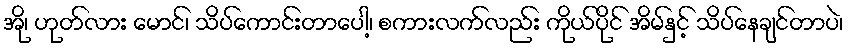
အို၊ ဟုတ်လား မောင်၊ သိပ်ကောင်းတာပေါ့၊ စကားလက်လည်း ကိုယ်ပိုင် အိမ်နှင့် သိပ်နေချင်တာပဲ၊